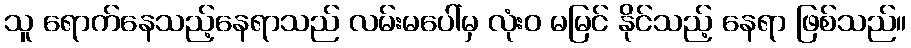
သူ ရောက်နေသည့်နေရာသည် လမ်းမပေါ်မှ လုံးဝ မမြင် နိုင်သည့် နေရာ ဖြစ်သည်။